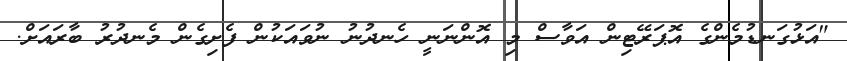
"އަޅުގަނޑުމެންގެ އޮޕަރޭޓިން އަވާސް މި އޮންނަނީ ހެނދުނު ނުވައަކުން ފެށިގެން މެނދުރު ބާރައަށް.